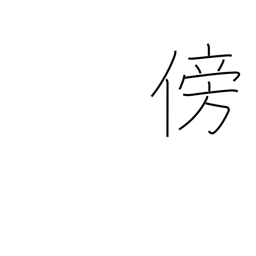
Meaning: third person